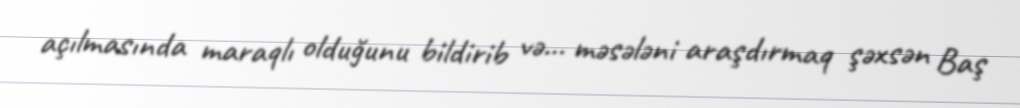
açılmasında maraqlı olduğunu bildirib və… məsələni araşdırmaq şəxsən Baş